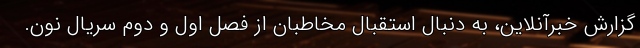
گزارش خبرآنلاین، به دنبال استقبال مخاطبان از فصل اول و دوم سریال نون.